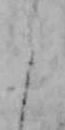
よ